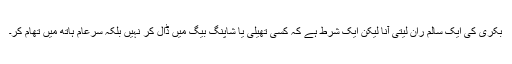
بکری کی ایک سالم ران لیتی آنا لیکن ایک شرط ہے کہ کسی تھیلی یا شاپنگ بیگ میں ڈال کر نہیں بلکہ سرعام ہاتھ میں تھام کر۔